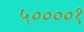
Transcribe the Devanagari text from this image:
५००००१